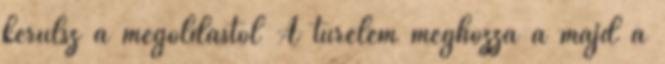
kerülsz a megoldástól A türelem meghozza a majd a